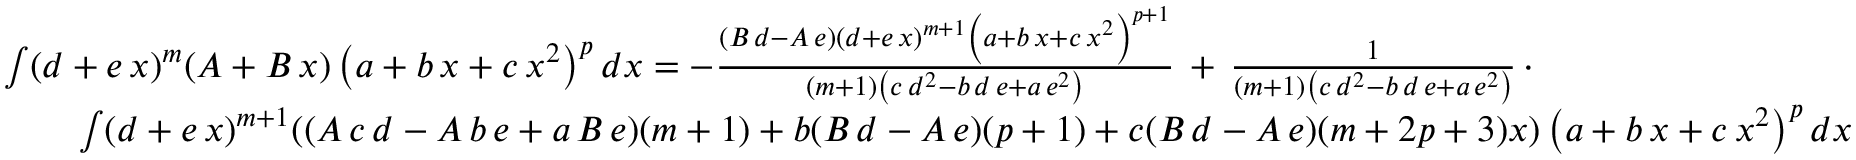
{ \begin{array} { r l } & { \int ( d + e \, x ) ^ { m } ( A + B \, x ) \left( a + b \, x + c \, x ^ { 2 } \right) ^ { p } d x = - { \frac { ( B \, d - A \, e ) ( d + e \, x ) ^ { m + 1 } \left( a + b \, x + c \, x ^ { 2 } \right) ^ { p + 1 } } { ( m + 1 ) \left( c \, d ^ { 2 } - b \, d \, e + a \, e ^ { 2 } \right) } } \, + \, { \frac { 1 } { ( m + 1 ) \left( c \, d ^ { 2 } - b \, d \, e + a \, e ^ { 2 } \right) } } \, \cdot } \\ & { \qquad \int ( d + e \, x ) ^ { m + 1 } ( ( A \, c \, d - A \, b \, e + a \, B \, e ) ( m + 1 ) + b ( B \, d - A \, e ) ( p + 1 ) + c ( B \, d - A \, e ) ( m + 2 p + 3 ) x ) \left( a + b \, x + c \, x ^ { 2 } \right) ^ { p } d x } \end{array} }